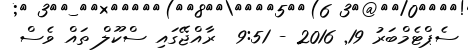
ސެޕްޓެމްބަރު 19